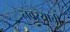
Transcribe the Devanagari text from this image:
नवऱ्याची